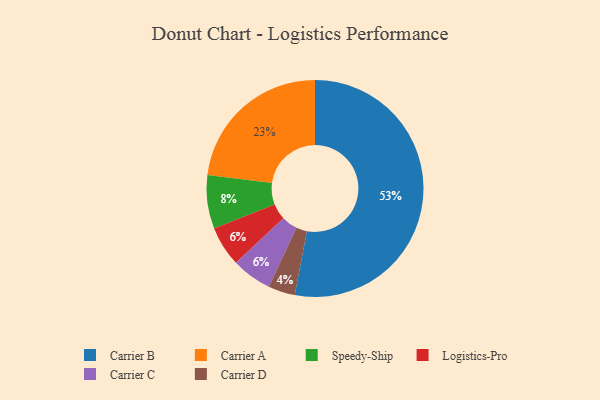
{"axis": {"x": "Category", "y": "Percentage"}, "legend": ["Carrier A", "Carrier B", "Carrier C", "Carrier D", "Logistics-Pro", "Speedy-Ship"], "data": [{"x": "Logistics-Pro", "y": 6, "type": "Logistics-Pro"}, {"x": "Carrier B", "y": 53, "type": "Carrier B"}, {"x": "Carrier C", "y": 6, "type": "Carrier C"}, {"x": "Speedy-Ship", "y": 8, "type": "Speedy-Ship"}, {"x": "Carrier A", "y": 23, "type": "Carrier A"}, {"x": "Carrier D", "y": 4, "type": "Carrier D"}]}